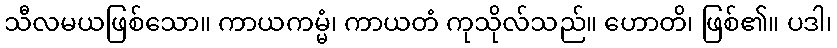
သီလမယဖြစ်သော။ ကာယကမ္မံ၊ ကာယတံ ကုသိုလ်သည်။ ဟောတိ၊ ဖြစ်၏။ ပဒါ၊